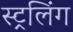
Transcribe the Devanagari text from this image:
स्ट्रलिंग